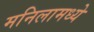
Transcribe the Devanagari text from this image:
मनिलामध्ये